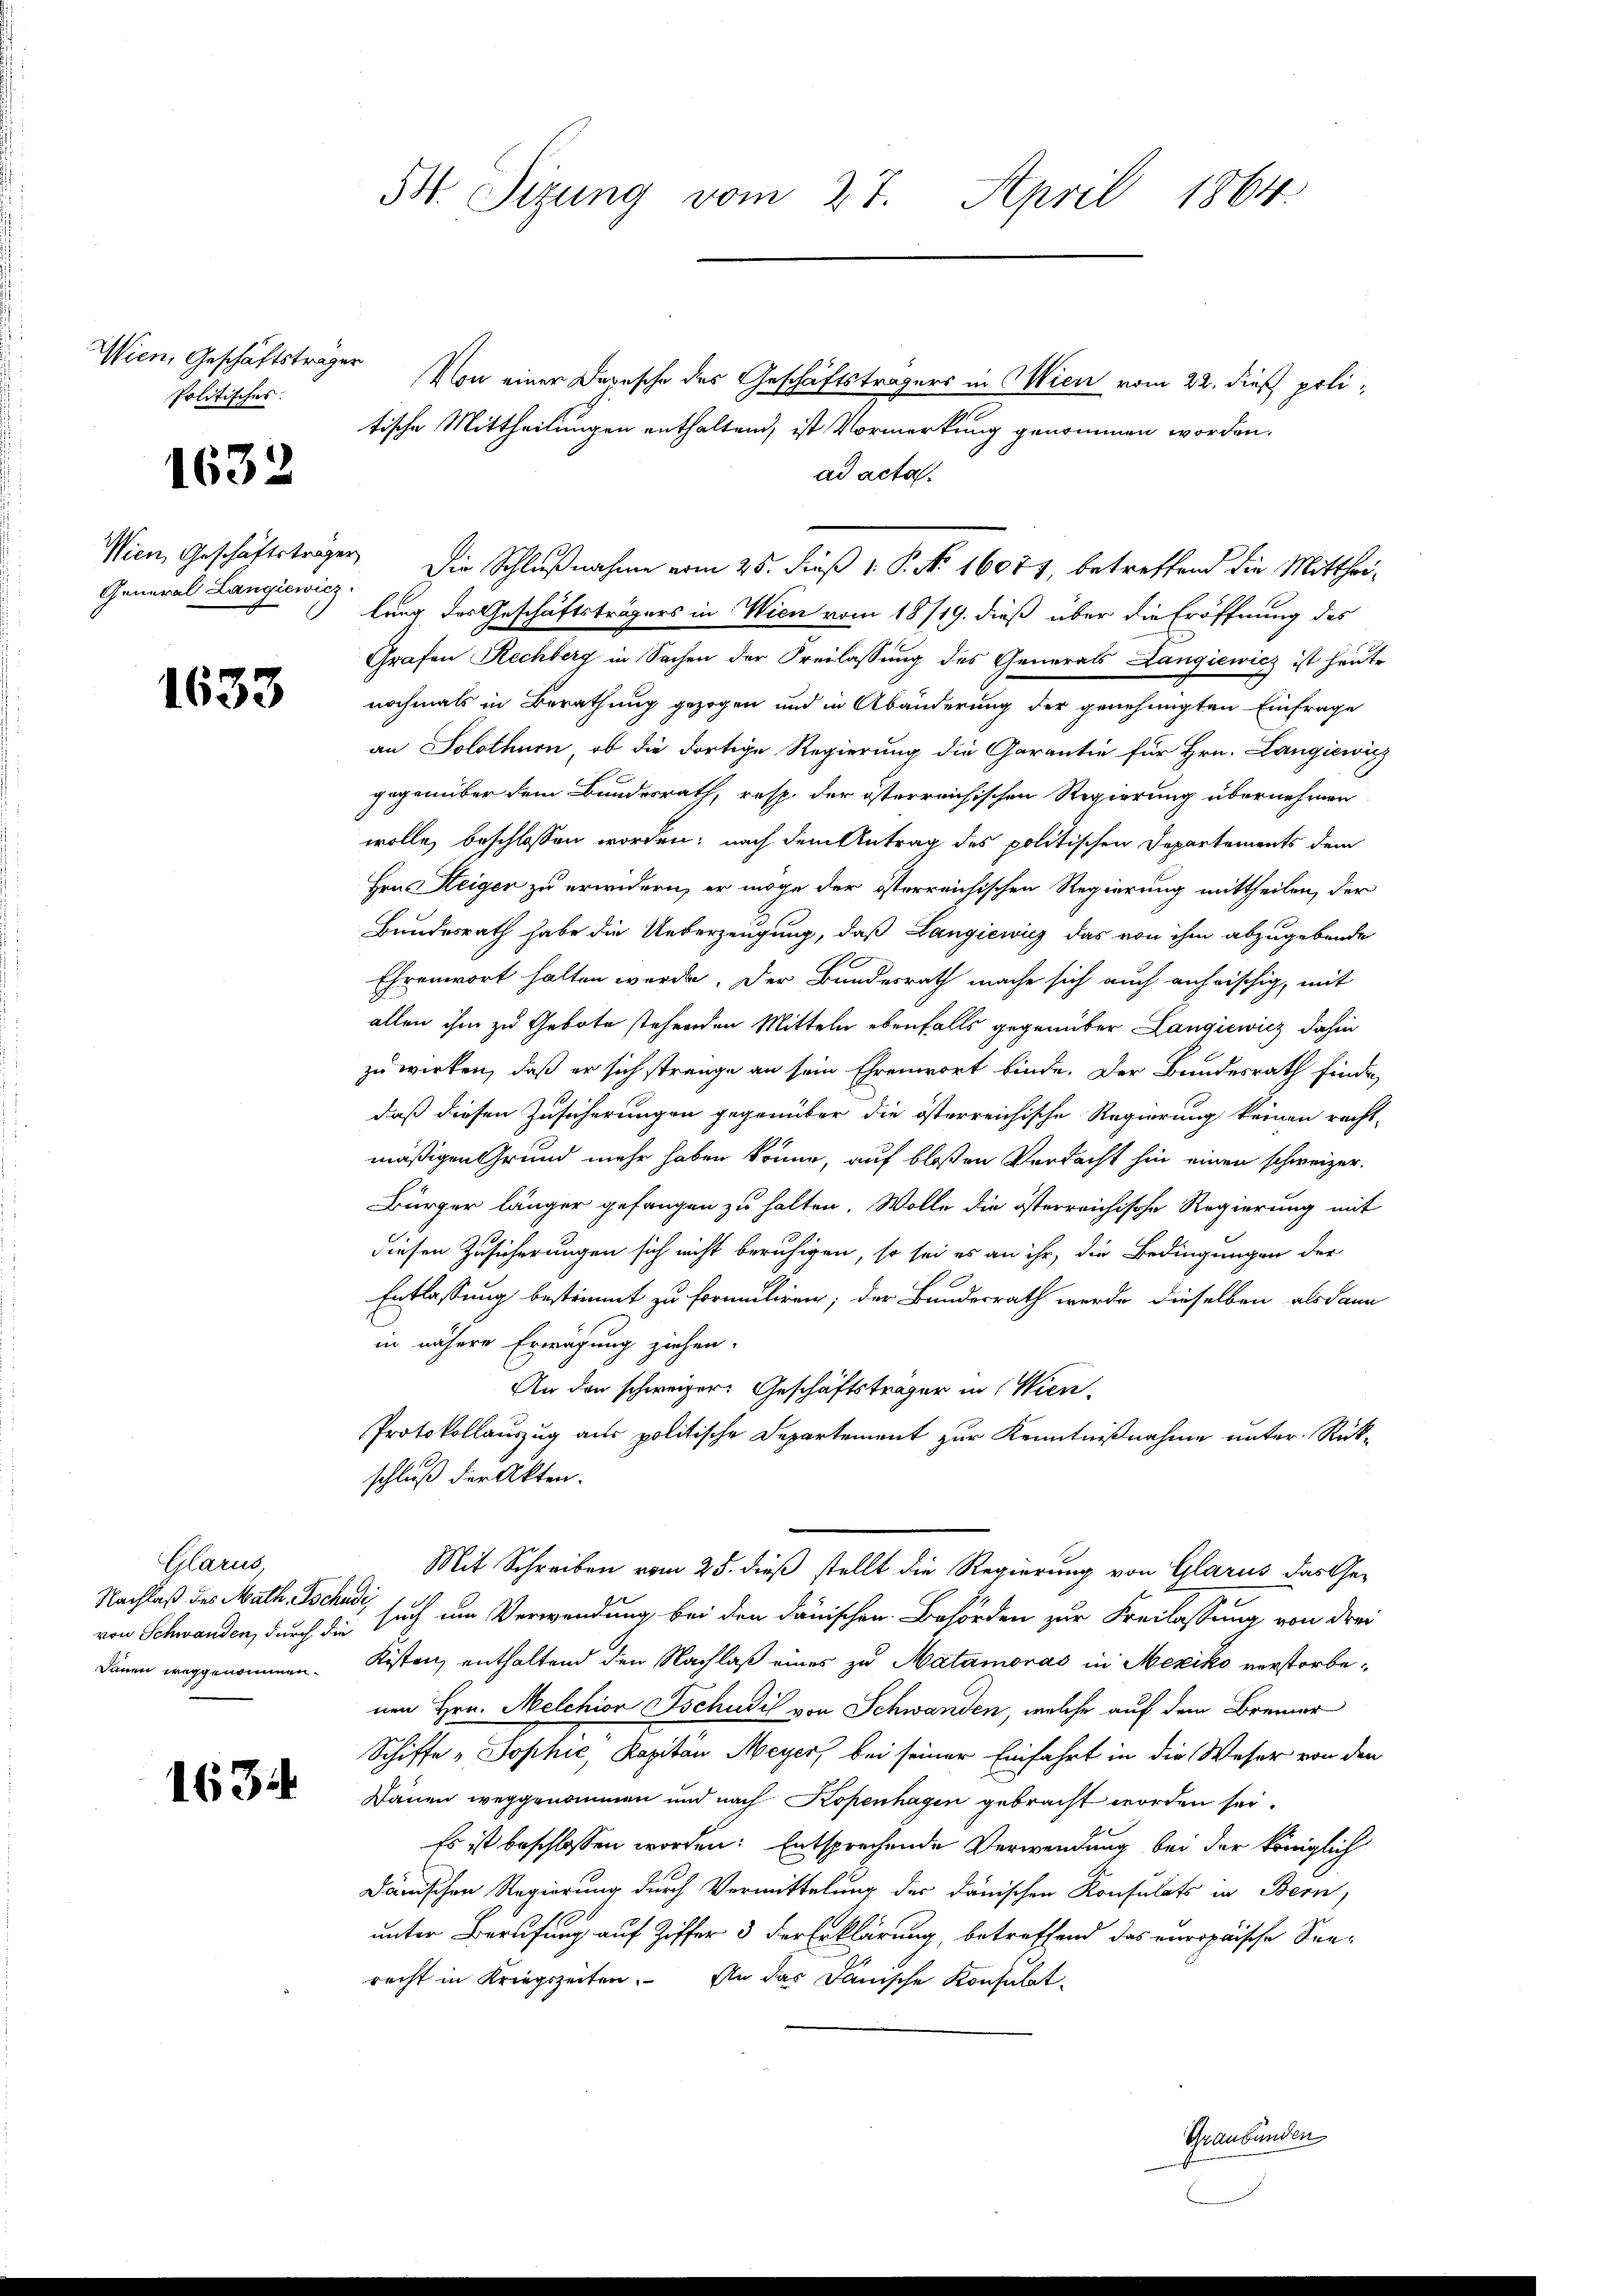
Wien, Geschäftsträger
Politisches.

1632

General Langiewicz

1633

Glarus
Nachlaß des Math. schudi
Dauen weggenommen.

1634

54. Sizung vom 27. April 1864.

Von einer Depesche des Geschäftsträgers in Wien vom 22. dieß politische Mittheilungen enthaltend, ist Vormerkung genommen worden.
ad acta.
Wien, Geschäftsträger. Die Schlußnahme vom 25. Fuß v. P. No 16071, betreffend die Mitthei-
lung des Geschäftsträgers in Wien vom 18/19. dieß über die Eröffnung des
Grafen Rechberg in Sachen der Freilassung des Generals Langiewicz ist heute
nochmals in Berathung gezogen und in Abänderung der genehmigten Einfrage
an Solothurn, ob die dortige Regierung die Garantie für Hrn. Langiewicz
gegenüber dem Bundesrath, resp. der österreichischen Regierung übernehmen
wolle, beschlossen worden; nach dem Antrag des politischen Departements dem
Hrn. Heigen zu erwidern, er möge der österreichischen Regierung mittheilen, der
Bundesrath habe die Ueberzeugung, daß Langiewicz das von ihm abzugebende
Ehrenwort halten werde. Der Bundesrath mache sich auch anfrischig, mit
allen ihm zu Gebote stehenden Mitteln ebenfalls gegenüber Langiewicz dahin
zu wirken, daß er sich strenge an sein Ehrenwort binde. Der Bundesrath finde,
daß diesen Zusicherungen gegenüber die österreichische Regierung keinen recht-
mäßigen Grund mehr haben könne, auf bloßen Verdacht hin einen schweizer.
Bürger länger gefangen zu halten. Wolle die österreichische Regierung mit
diesen Zusicherungen sich nicht beruhigen, so sei es an ihr, die Bedingungen der
Entlassung bestimmt zu formuliren; der Bundesrath werde dieselben alsdann
in nähere Erwägung ziehen.
An den schweizer. Geschäftsträger in Wien.
Protokollauszug aus politische Departement zur Kenntnißnahme unter Rückschluß der Akten.
Mit Schreiben vom 25. dieß stellt die Regierung von Glarus das Ge-
von Schwanden, durch die such um Verwendung bei den danischen Behörden zur Freilassung von drei
Kisten enthaltend den Nachlaß eines zu Matamoras in Mexiko verstorbenen Hrn. Melchior Tschudil von Schwanden, welche auf dem Brenner
Schiffe „Sophie, Kapitän Meyer, bei seiner Einfahrt in die Weser von den
Bauen weggenommen und nach Kopenhagen gebracht worden sei.
Es ist beschlossen worden: Entsprechende Verwendung bei der königlich
dänischen Regierung durch Vermittelung des danischen Konsulats in Bern,
unter Berufung auf Ziffer 3 der Erklärung, betreffend das europäische Seerecht in Kriegszeiten. An das Danische Konsulat-
Graubünden